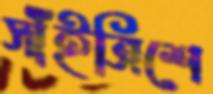
সাঁইত্রিশে